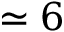
\simeq 6